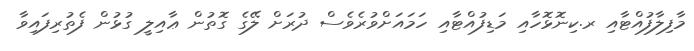
މާފިލާފުއްޓާއި ރ.ކިނޮޅޮހާއި މަޑިފުއްޓާއި ހަމައަށްވުރެވެސް ދުރަށް ލޭގެ ގޮތުން ޢާއިލީ ގުޅުން ފެތުރިފައިވާ